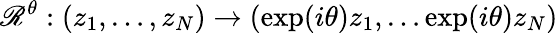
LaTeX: \mathscr R^{\theta}:(z_{1},\dots,z_{N})\to(\exp(i\theta)z_{1},\dots\exp(i\theta)z_{N})